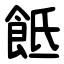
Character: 䬫